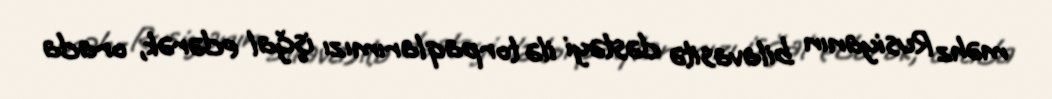
məhz Rusiyanın bilavasitə dəstəyi ilə torpaqlarımızı işğal edərək, orada